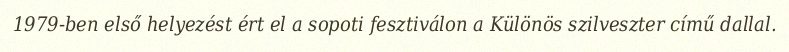
1979-ben első helyezést ért el a sopoti fesztiválon a Különös szilveszter című dallal.